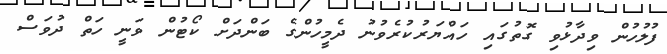
ފުލުހުން ވިދާޅުވި ގޮތުގައި ހައްޔަރުކުރެވުނު ދެމީހުންގެ ބަންދަށް ކޯޓުން ވަނީ ހަތް ދުވަސް